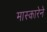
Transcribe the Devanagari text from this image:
मास्कारेने